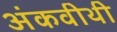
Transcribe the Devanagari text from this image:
अंकवीथी